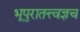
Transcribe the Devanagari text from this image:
भूपुरातत्त्वज्ञच